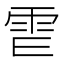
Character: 𩁿